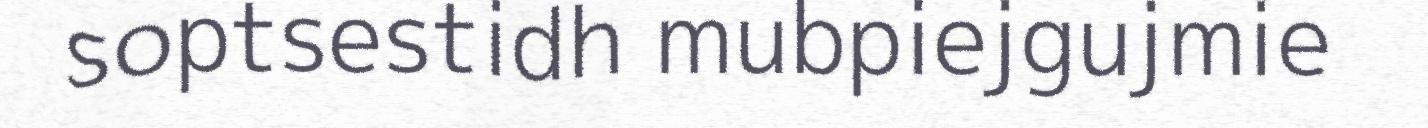
soptsestidh mubpiejgujmie